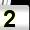
Digit: 2